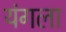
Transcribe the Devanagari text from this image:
यंगला